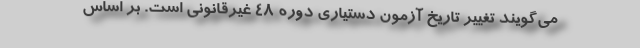
می‌گویند تغییر تاریخ آزمون دستیاری دوره ۴۸ غیرقانونی است. بر اساس